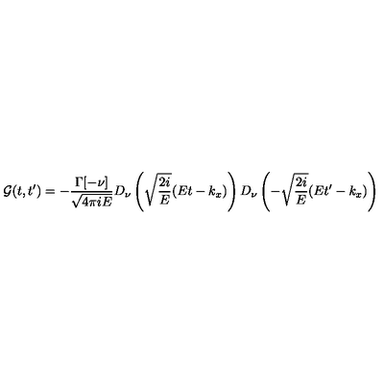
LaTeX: { \cal { G } } ( t , t ^ { \prime } ) = - { \frac { \Gamma [ - \nu ] } { \sqrt { 4 \pi i E } } } D _ { \nu } \left( \sqrt { \frac { 2 i } { E } } ( E t - k _ { x } ) \right) D _ { \nu } \left( - \sqrt { \frac { 2 i } { E } } ( E t ^ { \prime } - k _ { x } ) \right)